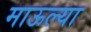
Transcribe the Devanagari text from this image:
माऊल्या